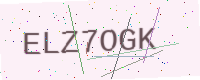
Text: ELZ7OGK